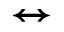
\leftrightarrow